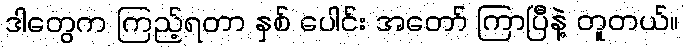
ဒါတွေက ကြည့်ရတာ နှစ် ပေါင်း အတော် ကြာပြီနဲ့ တူတယ်။